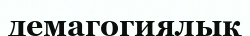
демагогиялық